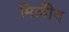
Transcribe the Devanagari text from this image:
मिलीँद